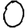
Digit: 0